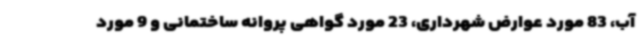
آب، 83 مورد عوارض شهرداری، 23 مورد گواهی پروانه ساختمانی و 9 مورد